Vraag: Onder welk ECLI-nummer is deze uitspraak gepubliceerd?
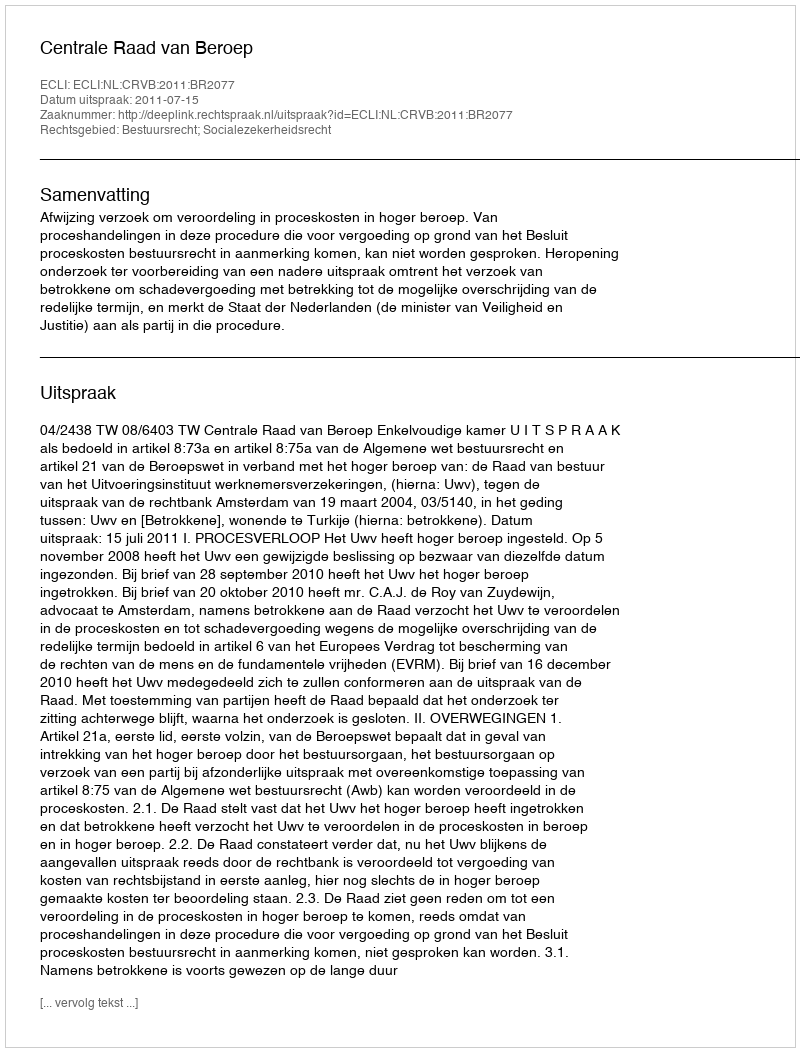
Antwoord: ECLI:NL:CRVB:2011:BR2077